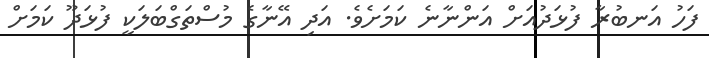
ފަހު އަނބުރާ ފުޅަދުއަށް އަންނާނެ ކަމަށެވެ. އަދި އޭނާގެ މުސްތަގްބަލަކީ ފުޅަދޫ ކަމަށް